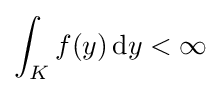
\int _{K}f(y)\,\mathrm {d} y<\infty